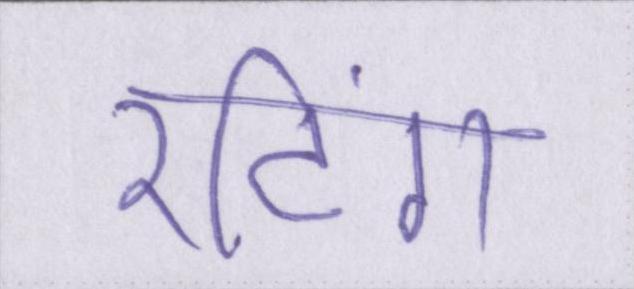
रटिंग